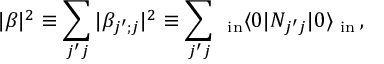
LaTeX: | \beta | ^ { 2 } \equiv \sum _ { j ^ { \prime } j } | \beta _ { j ^ { \prime } ; j } | ^ { 2 } \equiv \sum _ { j ^ { \prime } j } \, _ { \mathrm { \small ~ i n } } \langle 0 | N _ { j ^ { \prime } j } | 0 \rangle _ { \mathrm { \small ~ i n } } \, ,